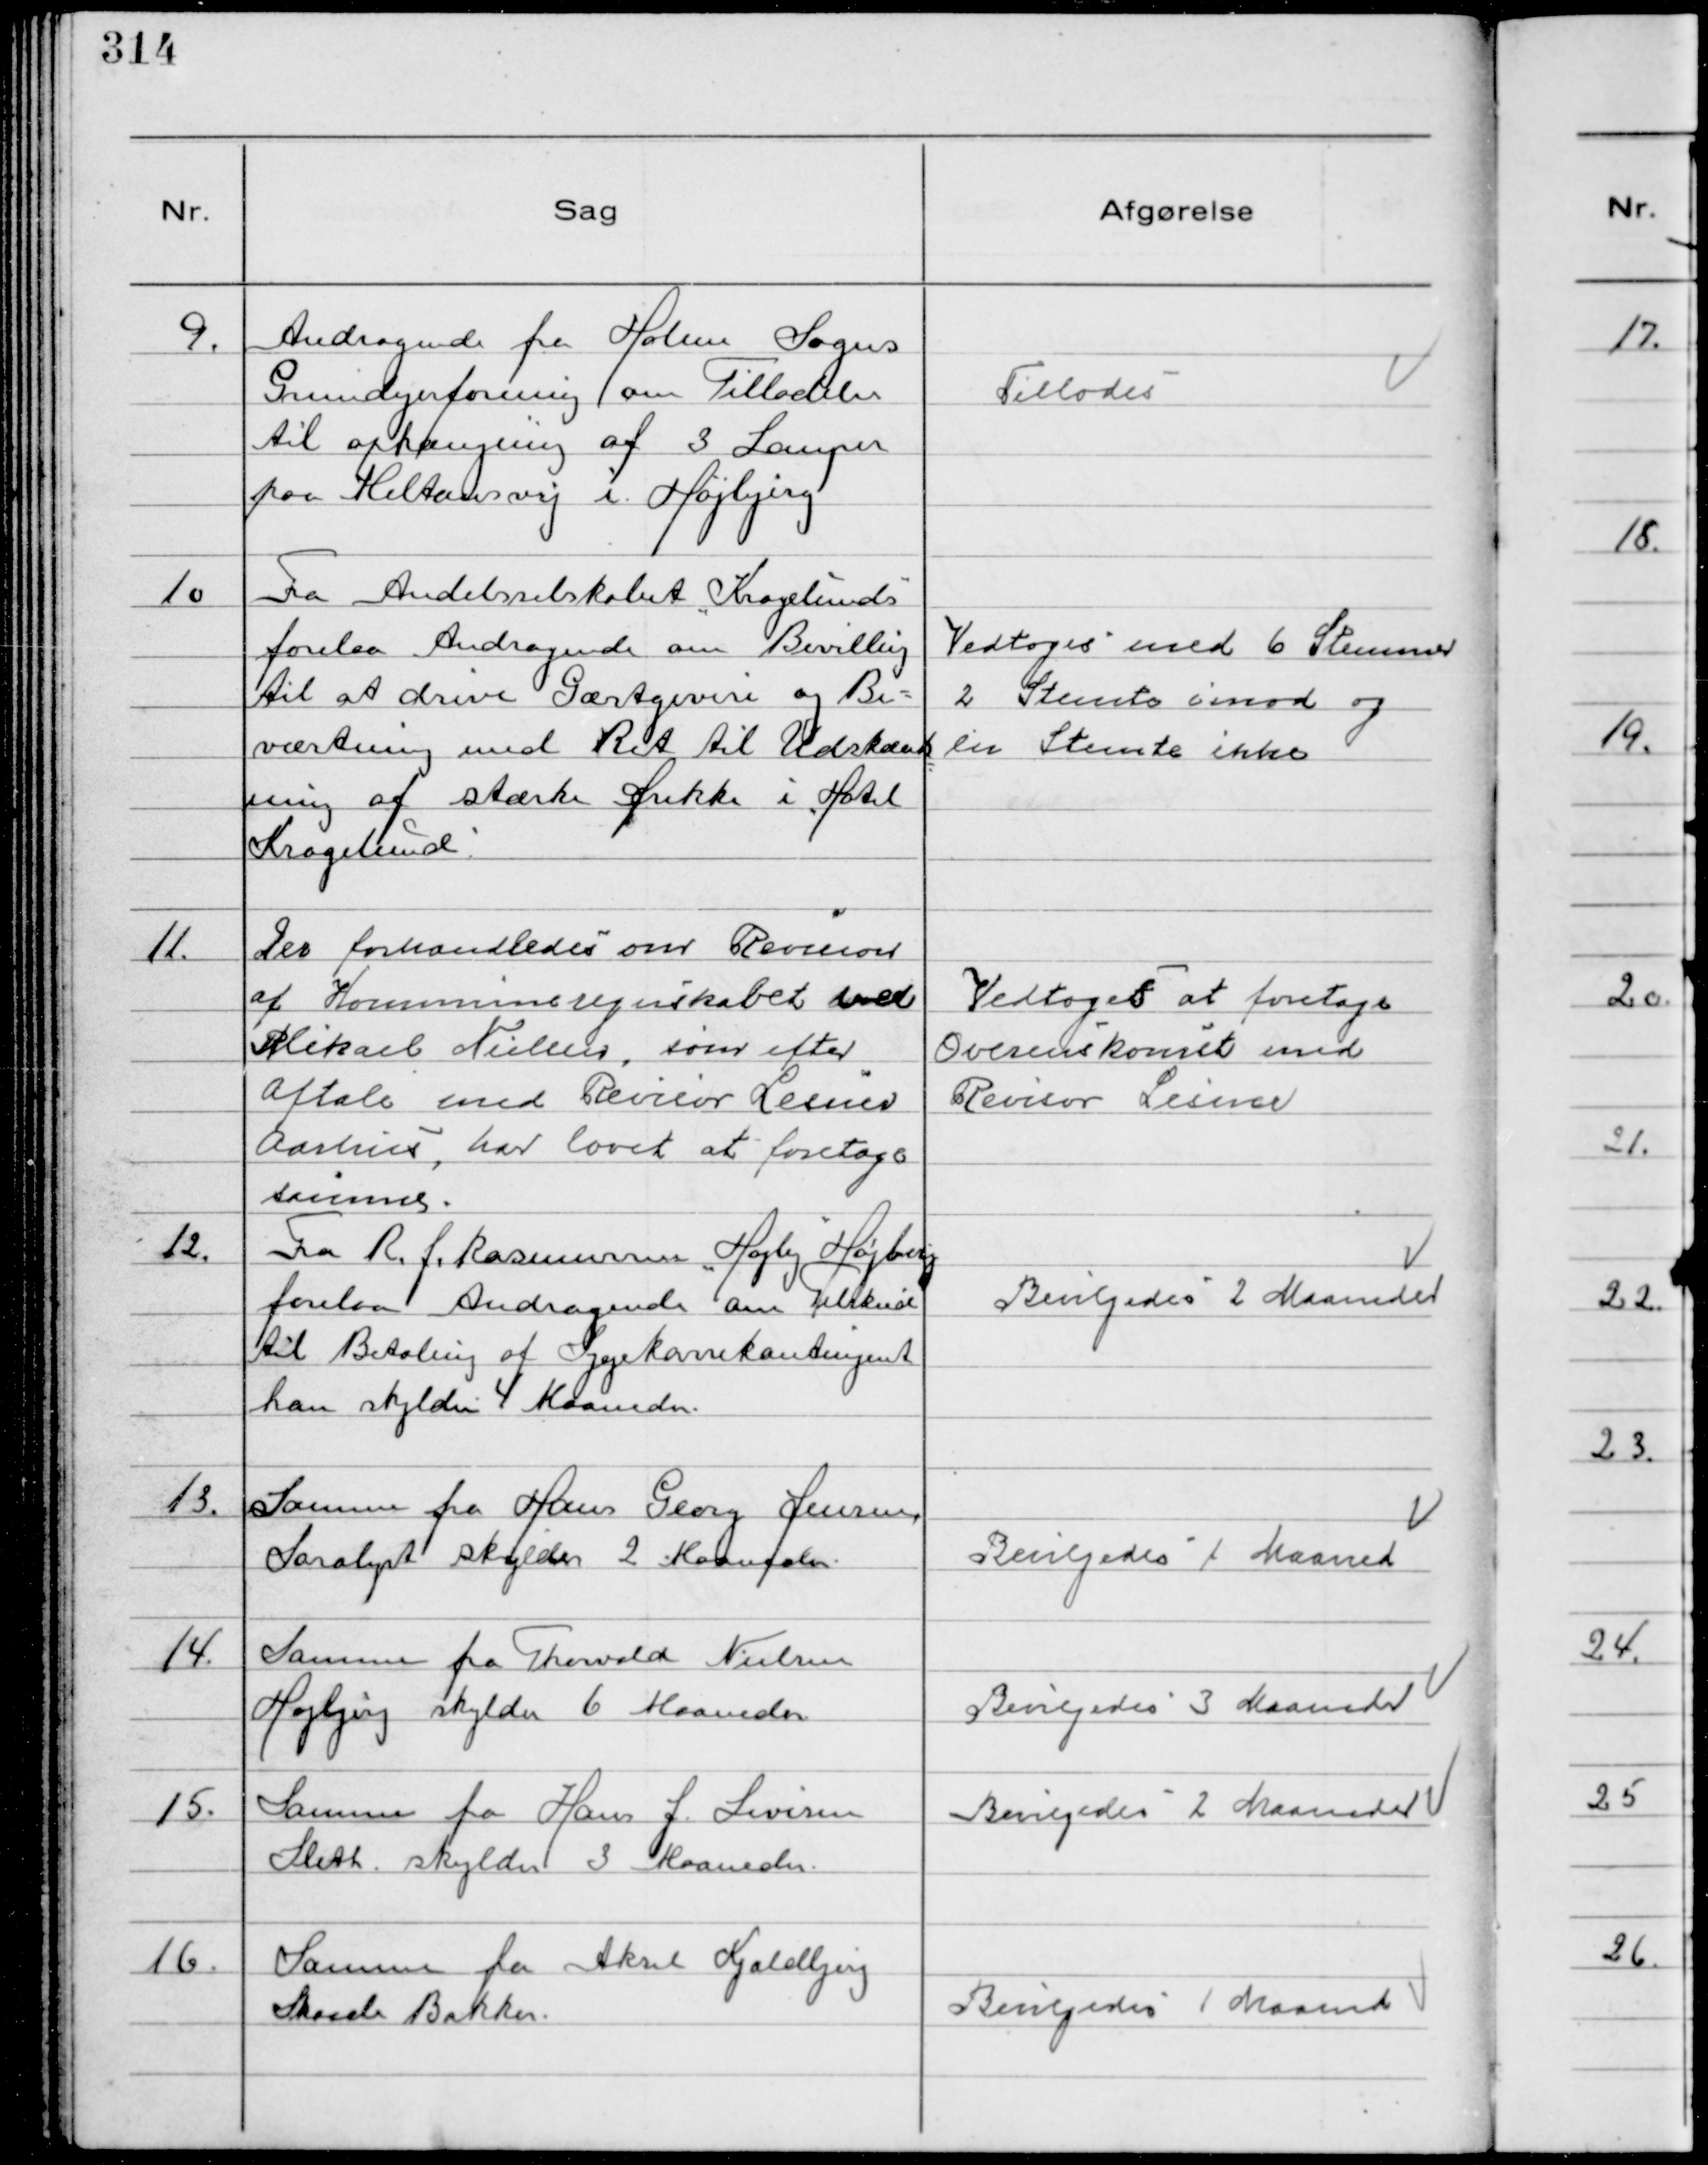
Transskription:
9.
Andragende fra Holme Sogns
Grundejerforening om Tilladelse
til ophængning af 3 Lamper
paa Miltonsvej i Højbjerg

Tillodes

10
Fra Andelsselskabet "Kragelunds"
forelaa Andragende om Bevilling
til at drive Gæstgiveri og Be-
værtning med Ret til Udskænk
ning af stærke Drikke i "Hotel
Kragelund".

Vedtoges med 6 Stemmer
2 Stemte imod og
en Stemte ikke

11.
Der forhandledes om Revision
af Kommuneregnskabet ved
Mikael Nielsen, som efter
Aftale med Revisor Lesner
Aarhus, har lovet at foretage
samme.

Vedtoges at foretage
Overenskomst med
Revisor Lesner

12.
Fra R. J. Rasmussen "Højly" Højberg
forelaa Andragende om Tilskud
til Betaling af Sygekassekontingent
han skylder 4 Maaneder.

Bevilgedes 2 Maaneder

13.
Samme fra Hans Georg Jensen
Saralyst skylder 2 Maaneder

Bevilgedes 1 Maaned

14.
Samme fra Thorvald Nielsen
Højbjerg skylder 6 Maaneder

Bevilgedes 3 Maaneder

15.
Samme fra Hans J. Levisen
Sleth. skylder 3 Maaneder

Bevilgedes 2 Maaneder

16.
Samme fra Aksel Kjældbjerg
Skaade Bakker.

Bevilgedes 1 Maaned